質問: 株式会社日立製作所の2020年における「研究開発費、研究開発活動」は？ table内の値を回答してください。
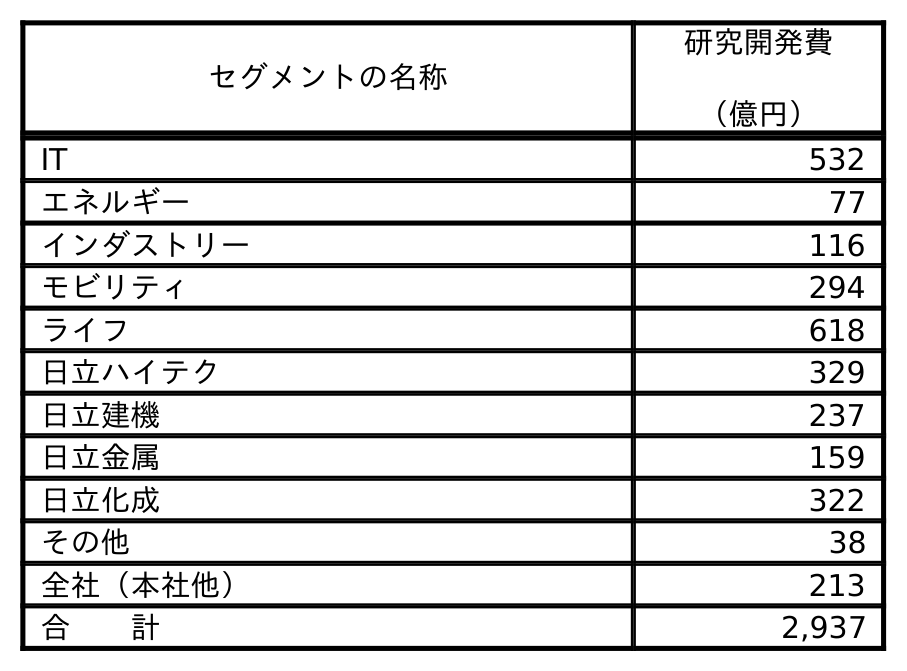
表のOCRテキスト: セグメントの名称 研究開発費 （億円） IT 532 エネルギー 77 インダストリー 116 モビリティ 294 ライフ 618 日立ハイテク 329 日立建機 237 日立金属 159 日立化成 322 その他 38 全社（本社他） 213 合  計 2,937
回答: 2,937